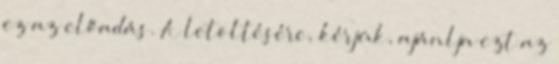
ez az előadás. A letöltésére, kérjük, ajánlja ezt az